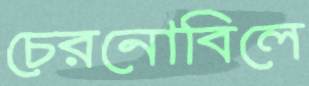
চেরনোবিলে